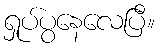
ရှုပ်ပွနေလေပြီ။